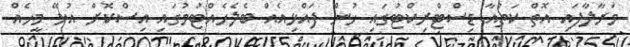
މަރާލާފައި އޮތް ކަތުއާ ޑިސްޓްރިކްޓުގައި ހުން ފައްޅިއެއް ބެލެހެއްޓުމުގައި އިސްކޮށް އުޅޭ މީހެއް